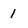
Character: 1